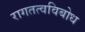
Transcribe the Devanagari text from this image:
रागतत्वविबोध